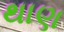
થાણ